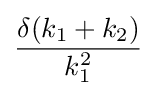
{\frac {\delta (k_{1}+k_{2})}{k_{1}^{2}}}